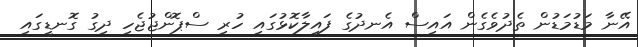
އޭނާ މަޑުމަޑުން ތެދުވެގެން އައިސް އެނދުގެ ފައިލާކޮޅުގައި ހުރި ސްޕޮންޖުޖެހި ދިގު ގޮނޑީގައި